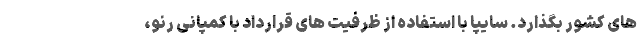
های کشور بگذارد. سایپا با استفاده از ظرفیت های قرارداد با کمپانی رنو،